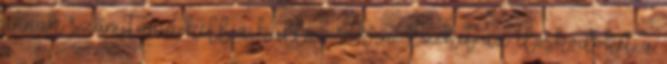
annak számítania kell a kullancsokra. Ezeket az élősködőket a